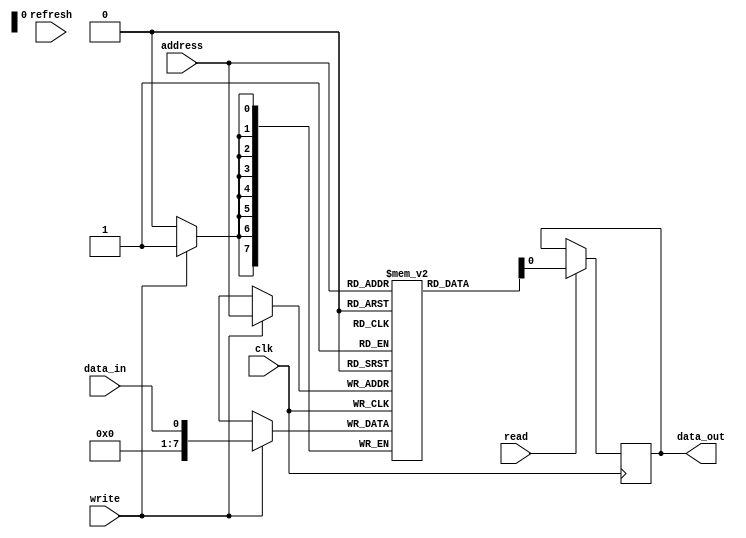
module DRAM (
    input wire clk,
    input wire read,
    input wire write,
    input wire refresh,
    input wire [7:0] address,
    input wire data_in,
    output reg data_out
);

reg [7:0] memory [0:255];

always @(posedge clk) begin
    if (read) begin
        data_out <= memory[address];
    end
    if (write) begin
        memory[address] <= data_in;
    end
    if (refresh) begin
        // Refresh memory cells to prevent data loss
    end
end

endmodule